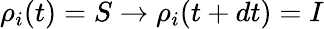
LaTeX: \rho_{i}(t)=S\to\rho_{i}(t+dt)=I